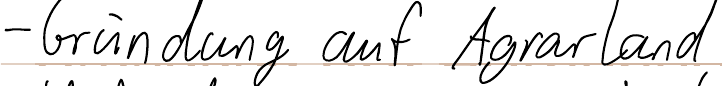
- Gründung auf Agrarland